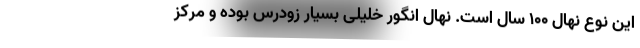
این نوع نهال ۱۰۰ سال است. نهال انگور خلیلی بسیار زودرس بوده و مرکز